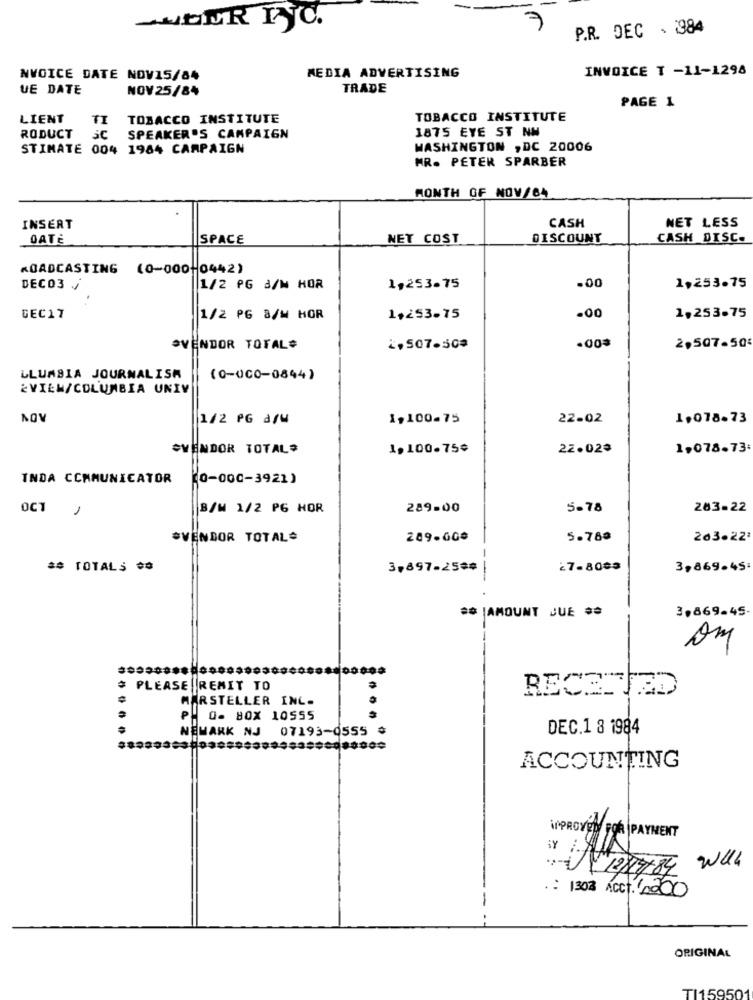
-UBER ryC.
P.R. DEC . 984
MEDIA ADVERTISING
INVOICE T -11-1298
NVOICE DATE NOV15/84
UE DATE
NOV 25/84
TRADE
PAGE 1
LIENT
TI
TOBACCO INSTITUTE
TOBACCO INSTITUTE
RODUCT
1875 EYE ST NM
3C
SPEAKER'S CAMPAIGN
STIMATE 004 1984 CAMPAIGN
WASHINGTON , DC 20006
MR. PETER SPARBER
MONTH OF NOV/64
CASH
INSERT
NET LESS
OATÉ
SPACE
NET COST
DISCOUNT
CASH DISC.
ROADCASTING (0-000-0442)
1,253.75
DECO3 /
1/2 PG &/W HOR
1,253.75
.00
.00
DEC17
1/2 PG 8/W HOR
1,253-75
1,253.75
VENDOR TOTAL=
2,507.508
2,507-505
LLUMSIA JOURNALISM
(0-0CO-0844)
¿VIEW/COLUMBIA UNIV
NOV
1/2 PG a/M
1,100-75
22-02
1.078.73
VENDOR TOTAL#
1,100.75¢
22.023
1,078.73:
INDA COMMUNICATOR (0-000-3921)
OCT
1
B/W 1/2 PG HOR
289.00
5-78
283-22
*VENDOR TOTAL
289-G0ª
5.78ª
203.221
## TOTALS 00
3,897-25##
27.8083
3,869.45
3.869-45
## |AMOUNT JUE ##
PLEASE REMIT TO
RECETTED
MARSTELLER INC.
₱. O. BOX 10555
NEWARK NJ 07193-0555
DEC.1 8 1984
ACCOUNTING
UNPROVEN FOR |PAYMENT
V/12/784 wUll
.: 1302 ACCT. 2000
ORIGINAL
TI159501